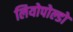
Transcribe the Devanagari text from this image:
लियोपोल्डो